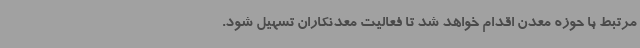
مرتبط با حوزه معدن اقدام خواهد شد تا فعالیت معدنکاران تسهیل شود.